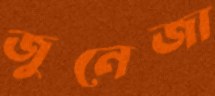
জুনেজা